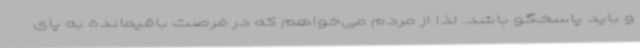
و باید پاسخگو باشد. لذا از مردم می‌خواهم که در فرصت باقیمانده به پای